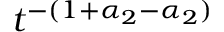
t ^ { - ( 1 + \alpha _ { 2 } - \alpha _ { 2 } ) }